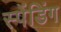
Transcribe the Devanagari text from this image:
स्पेंडिंग